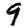
Digit: 9